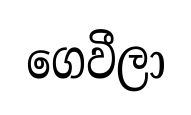
ගෙවීලා